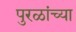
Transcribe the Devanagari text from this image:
पुरळांच्या